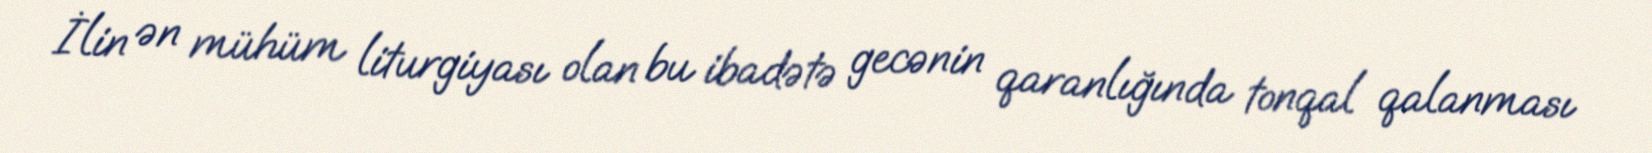
İlin ən mühüm liturgiyası olan bu ibadətə gecənin qaranlığında tonqal qalanması